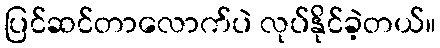
ပြင်ဆင်တာလောက်ပဲ လုပ်နိုင်ခဲ့တယ်။